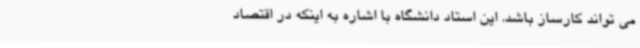
می تواند کارساز باشد. این استاد دانشگاه با اشاره به اینکه در اقتصاد